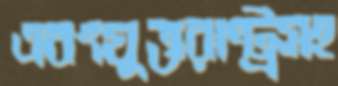
এবংযুক্তরাষ্ট্রসহ